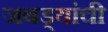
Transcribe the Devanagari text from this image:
जबड्यांची